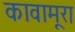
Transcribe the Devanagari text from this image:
कावामूरा